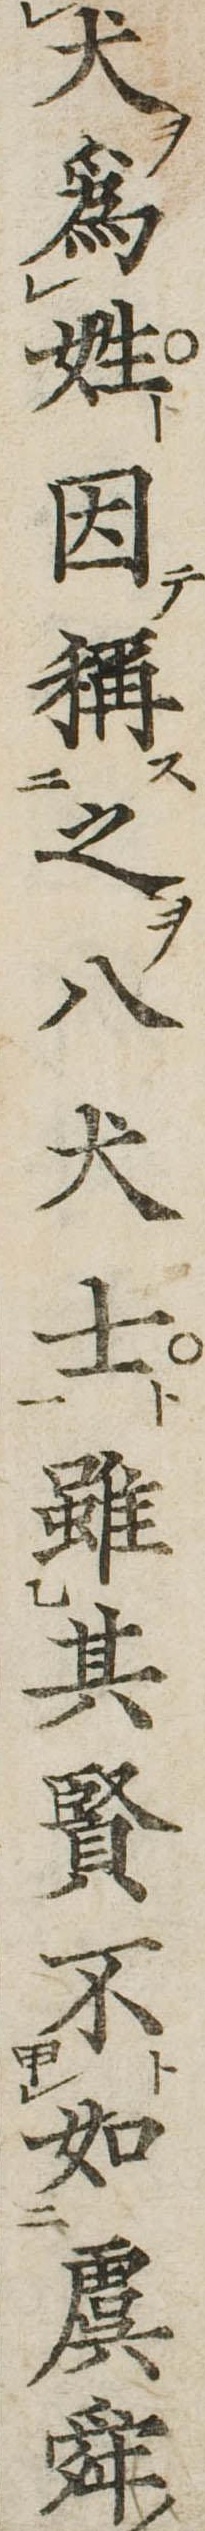
犬為姓因称之八犬士雖其賢不如虞舜